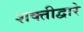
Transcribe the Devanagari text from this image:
शक्तीद्वारे